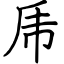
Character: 乕